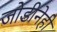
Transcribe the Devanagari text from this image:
जोडीनेही